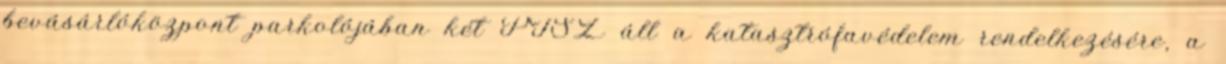
bevásárlóközpont parkolójában két PTSZ áll a katasztrófavédelem rendelkezésére, a